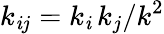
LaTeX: k_{\mathit{i}j}=k_{\mathit{i}}\, k_{j}/k^{2}